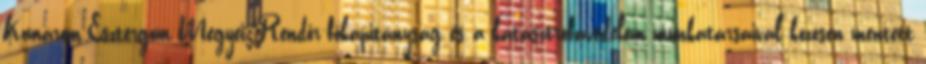
Komárom-Esztergom Megyei Rendőr-főkapitányság és a katasztrófavédelem munkatársaival közösen mentett